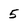
Character: 5